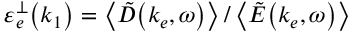
\mathinner { \varepsilon _ { e } ^ { \perp } \mathopen { \left( k _ { 1 } \right) } } = \left\langle \mathinner { \tilde { D } \mathopen { \left( k _ { e } , \omega \right) } } \right\rangle / \left\langle \mathinner { \tilde { E } \mathopen { \left( k _ { e } , \omega \right) } } \right\rangle